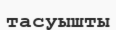
тасуышты